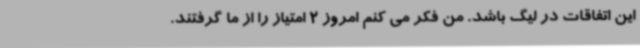
این اتفاقات در لیگ باشد. من فکر می کنم امروز 2 امتیاز را از ما گرفتند.